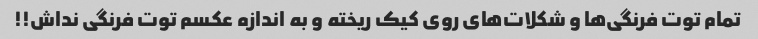
تمام توت فرنگی‌ها و شکلات‌های روی کیک ریخته و به اندازه عکسم توت فرنگی نداش!!